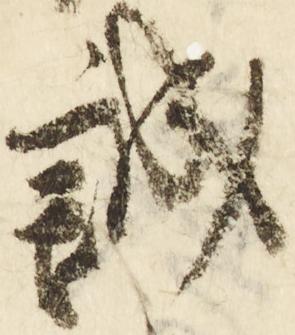
誠